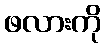
ဖလားကို